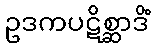
ဥဒကပဋိစ္ဆာဒိံ